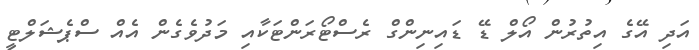
އަދި އޭގެ އިތުރުން އޯލް ޑޭ ޑައިނިންގް ރެސްޓޯރަންޓަކާއި މަދުވެގެން އެއް ސްޕެޝަލްޓީ